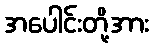
အပေါင်းတို့အား